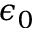
\epsilon _ { 0 }